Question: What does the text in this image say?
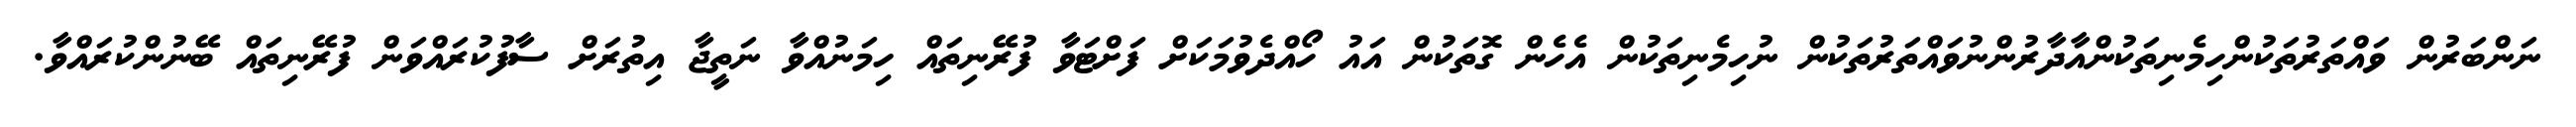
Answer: ނަންބަރުން ވައްތަރުތަކުންހިމެނިތަކުންއާދާރުންނުވައްތަރުތަކުން ނުހިމެނިތަކުން އެހެން ގޮތަކުން އައު ހޯއްދެވުމަކަށް ފަށްޓަވާ ފުރޭނިތައް ހިމަނުއްވާ ނަތީޖާ އިތުރަށް ސާފުކުރައްވަން ފުރޭނިތައް ބޭނުންކުރައްވާ.